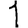
Digit: 1